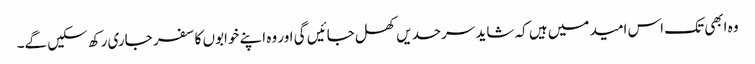
وہ ابھی تک اس امید میں ہیں کہ شاید سرحدیں کھل جائیں گی اور وہ اپنے خوابوں کا سفر جاری رکھ سکیں گے۔